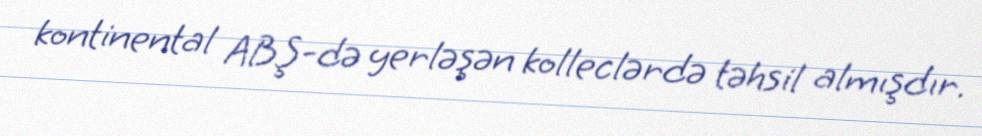
kontinental ABŞ-də yerləşən kolleclərdə təhsil almışdır.